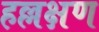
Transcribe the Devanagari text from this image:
हल्लक्षण